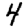
Digit: 4